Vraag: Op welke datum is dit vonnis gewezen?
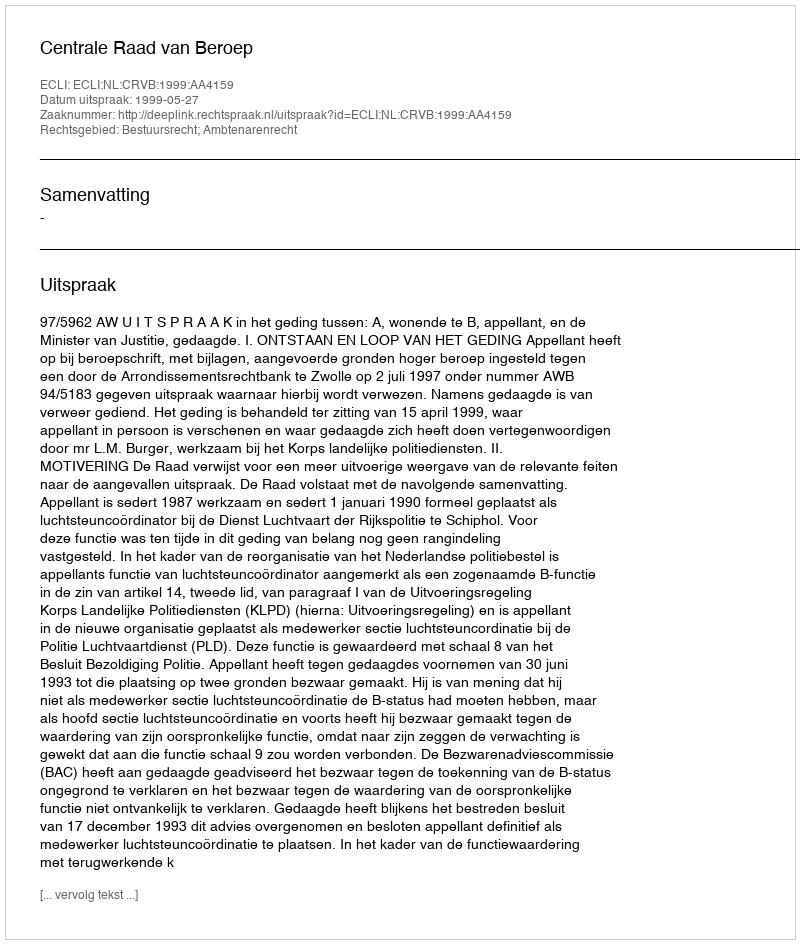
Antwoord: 1999-05-27